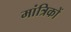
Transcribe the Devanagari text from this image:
मांत्रिकों